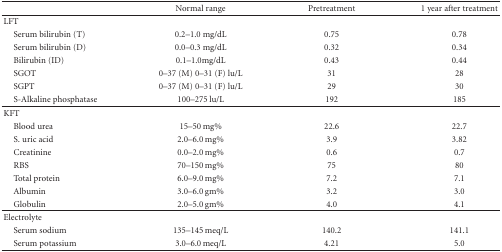
|  | Normal range | Pretreatment | 1 year after treatment |
 | --- | --- | --- | --- |
 | LFT |  |  |  |
 | Serum bilirubin (T) | 0.2–1.0 mg/dL | 0.75 | 0.78 |
 | Serum bilirubin (D) | 0.0–0.3 mg/dL | 0.32 | 0.34 |
 | Bilirubin (ID) | 0.1–1.0 mg/dL | 0.43 | 0.44 |
 | SGOT | 0–37 (M) 0–31 (F) lu/L | 31 | 28 |
 | SGPT | 0–37 (M) 0–31 (F) lu/L | 29 | 30 |
 | S-Alkaline phosphatase | 100–275 lu/L | 192 | 185 |
 | KFT |  |  |  |
 | Blood urea | 15–50 mg% | 22.6 | 22.7 |
 | S. uric acid | 2.0–6.0 mg% | 3.9 | 3.82 |
 | Creatinine | 0.0–2.0 mg% | 0.6 | 0.7 |
 | RBS | 70–150 mg% | 75 | 80 |
 | Total protein | 6.0–9.0 mg% | 7.2 | 7.1 |
 | Albumin | 3.0–6.0 gm% | 3.2 | 3.0 |
 | Globulin | 2.0–5.0 gm% | 4.0 | 4.1 |
 | Electrolyte |  |  |  |
 | Serum sodium | 135–145 meq/L | 140.2 | 141.1 |
 | Serum potassium | 3.0–6.0 meq/L | 4.21 | 5.0 |